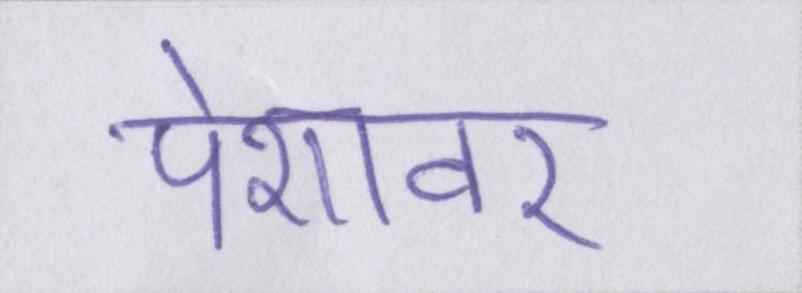
पेशावर